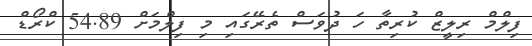
ފިލްމް ރިލީޒް ކުރިތާ ހަ ދުވަސް ތެރޭގައި މި ފިލްމަށް 54.89 ކްރޯޑް